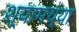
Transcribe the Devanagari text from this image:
श्यामच्या